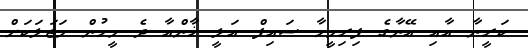
ކަރީނާ އާއި އޭނާގެ ފިރިމީހާ ސައިފް އަލީ ޚާންއާ ދެ މީހުން މަޖަލަކަށް